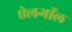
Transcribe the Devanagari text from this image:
ऐलगॉल